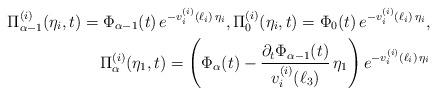
LaTeX: \begin{align*}\Pi_{\alpha-1}^{(i)}(\eta_i,t) = \Phi_{\alpha-1}(t) \, e^{- v_i^{(i)}(\ell_i) \, \eta_i}, \Pi_0^{(i)}(\eta_i,t) =\Phi_0(t) \, e^{- v_i^{(i)}(\ell_i) \, \eta_i} , \\\Pi_{\alpha}^{(i)}(\eta_1,t) = \left(\Phi_{\alpha}(t) - \frac{\partial_t {\Phi}_{\alpha-1}(t)}{v_i^{(i)}(\ell_3)}\, \eta_1 \right) e^{-v_i^{(i)}(\ell_i) \, \eta_i}\end{align*}